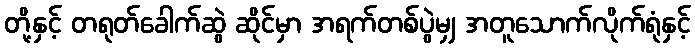
တို့နှင့် တရုတ်ခေါက်ဆွဲ ဆိုင်မှာ အရက်တစ်ပွဲမျှ အတူသောက်လိုက်ရုံနှင့်